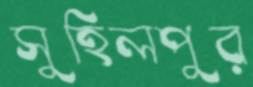
সুহিলপুর